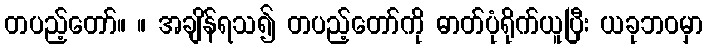
တပည့်တော်။ ။ အချိန်ရသ၍ တပည့်တော်ကို ဓာတ်ပုံရိုက်ယူပြီး ယခုဘဝမှာ